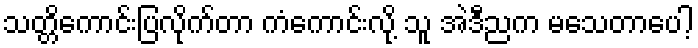
သတ္တိကောင်းပြလိုက်တာ ကံကောင်းလို့ သူ အဲဒီညက မသေတာပေါ့